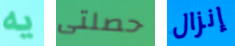
يه حصلتى إنزال